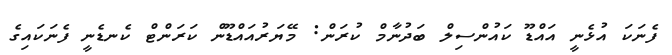
ފެނަކަ އުޅެނީ އައްޑޫ ކައުންސިލް ބަދުނާމް ކުރަން: މޭޔަރުއައްޑޫން ކަރަންޓް ކެނޑެނީ ފެނަކައިގެ